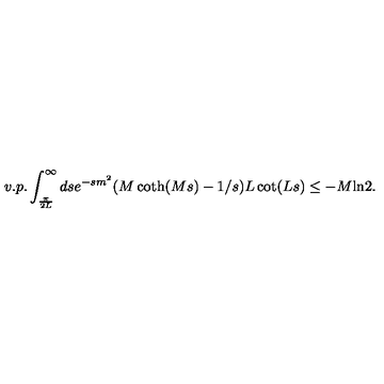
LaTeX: v . p . \int _ { \frac { \pi } { 2 L } } ^ { \infty } d s e ^ { - s m ^ { 2 } } ( M \coth ( M s ) - 1 / s ) L \cot ( L s ) \le - M \mathrm { l n } 2 .